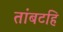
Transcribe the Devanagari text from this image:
तांबटहि